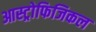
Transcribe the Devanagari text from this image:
आस्ट्रोफिजिकल